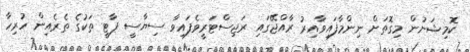
ކޮމިޝަނުން މިގޮތަށް ނިންމާފައިވާއިރު ރާއްޖޭގައި ރަޖިސްޓަރީވެފައިވާ ސިޔާސީ ޕާޓީ ތަކުގެ ތެރެއިން ހުރިހާ